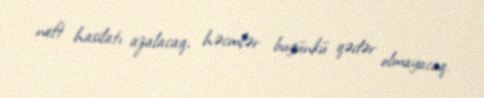
neft hasilatı azalacaq, həcmlər bugünkü qədər olmayacaq.